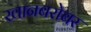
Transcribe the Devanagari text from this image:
खानबरोबर